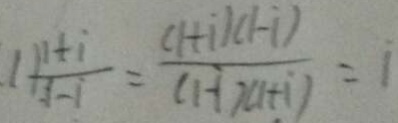
1 ) \frac { 1 + i } { 1 - i } = \frac { ( 1 + i ) ( 1 - i ) } { ( 1 - i ) ( 1 + i ) } = i